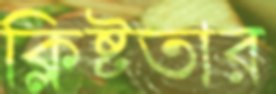
ক্লিষ্টতার